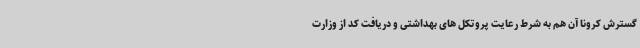
گسترش کرونا آن هم به شرط رعایت پروتکل های بهداشتی و دریافت کد از وزارت